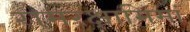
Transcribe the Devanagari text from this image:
रामरक्षामिमां